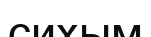
сихым